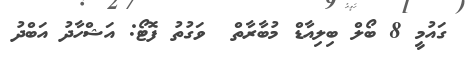
ގައުމީ 8 ބޯލް ބިލިއާޑް މުބާރާތް  ވަގުތު ފޮޓޯ: އަޝްހާދު އަބްދު